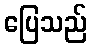
ပြေသည်